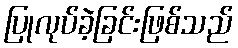
ပြုလုပ်ခဲ့ခြင်းဖြစ်သည်